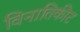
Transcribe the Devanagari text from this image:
विनातिकीट